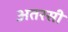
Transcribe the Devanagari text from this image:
अतरसी